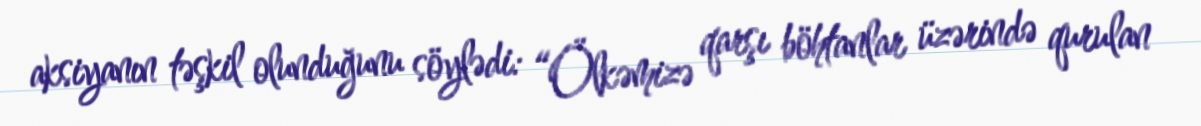
aksiyanın təşkil olunduğunu söylədi: “Ölkəmizə qarşı böhtanlar üzərində qurulan